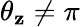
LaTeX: \theta_{\mathbf{z}}\neq\pi